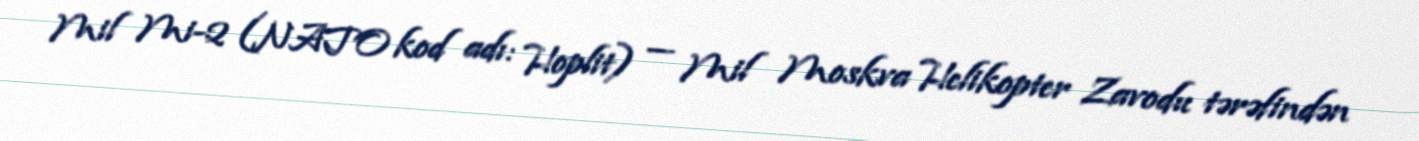
Mil Mi-2 (NATO kod adı: Hoplit) — Mil Moskva Helikopter Zavodu tərəfindən